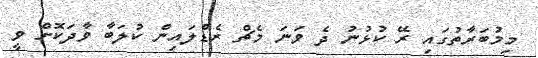
މިމުބަރާތުގައި ރޭ ކުޅުނު ދެ ވަނަ މެޗް ރެޑްލައިން ކުލަބާ ވާދަކޮށް ވީ